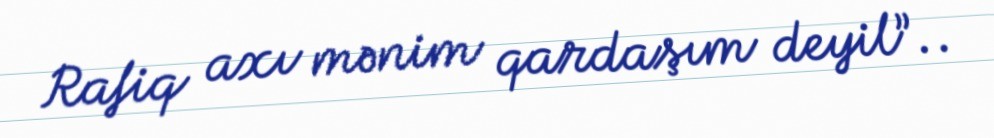
Rafiq axı mənim qardaşım deyil”..